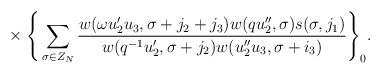
LaTeX: \begin{align*}{}~~~~~\times\Bigg\{\sum_{\sigma\in Z_N}\frac{w(\omega u'_2u_3,\sigma+j_2+j_3)w(qu_2'',\sigma)s(\sigma,j_1)}{w(q^{-1}u'_2,\sigma+j_2)w(u_2''u_3,\sigma+i_3)}\Bigg\}_0.\end{align*}